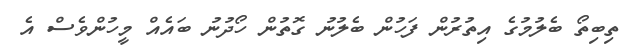
ތިބިތޯ ބެލުމުގެ އިތުރުން ފަހުން ބެލުނު ގޮތުން ހޯދުނު ބައެއް މީހުންވެސް އެ